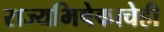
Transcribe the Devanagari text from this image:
राज्यभिषेकाचेही